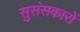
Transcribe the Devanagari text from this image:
सुसंसकारों